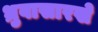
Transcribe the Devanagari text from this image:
ध्रुवासारखे